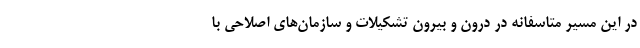
در این مسیر متاسفانه در درون و بیرون تشکیلات و سازمان‌های اصلاحی با